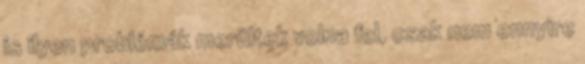
is ilyen problémák merültek volna fel, csak nem ennyire